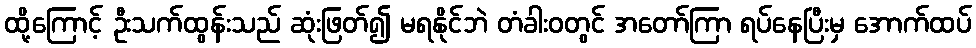
ထို့ကြောင့် ဦးသက်ထွန်းသည် ဆုံးဖြတ်၍ မရနိုင်ဘဲ တံခါးဝတွင် အတော်ကြာ ရပ်နေပြီးမှ အောက်ထပ်